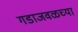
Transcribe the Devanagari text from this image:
गडाजवळच्या